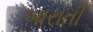
બારાતી